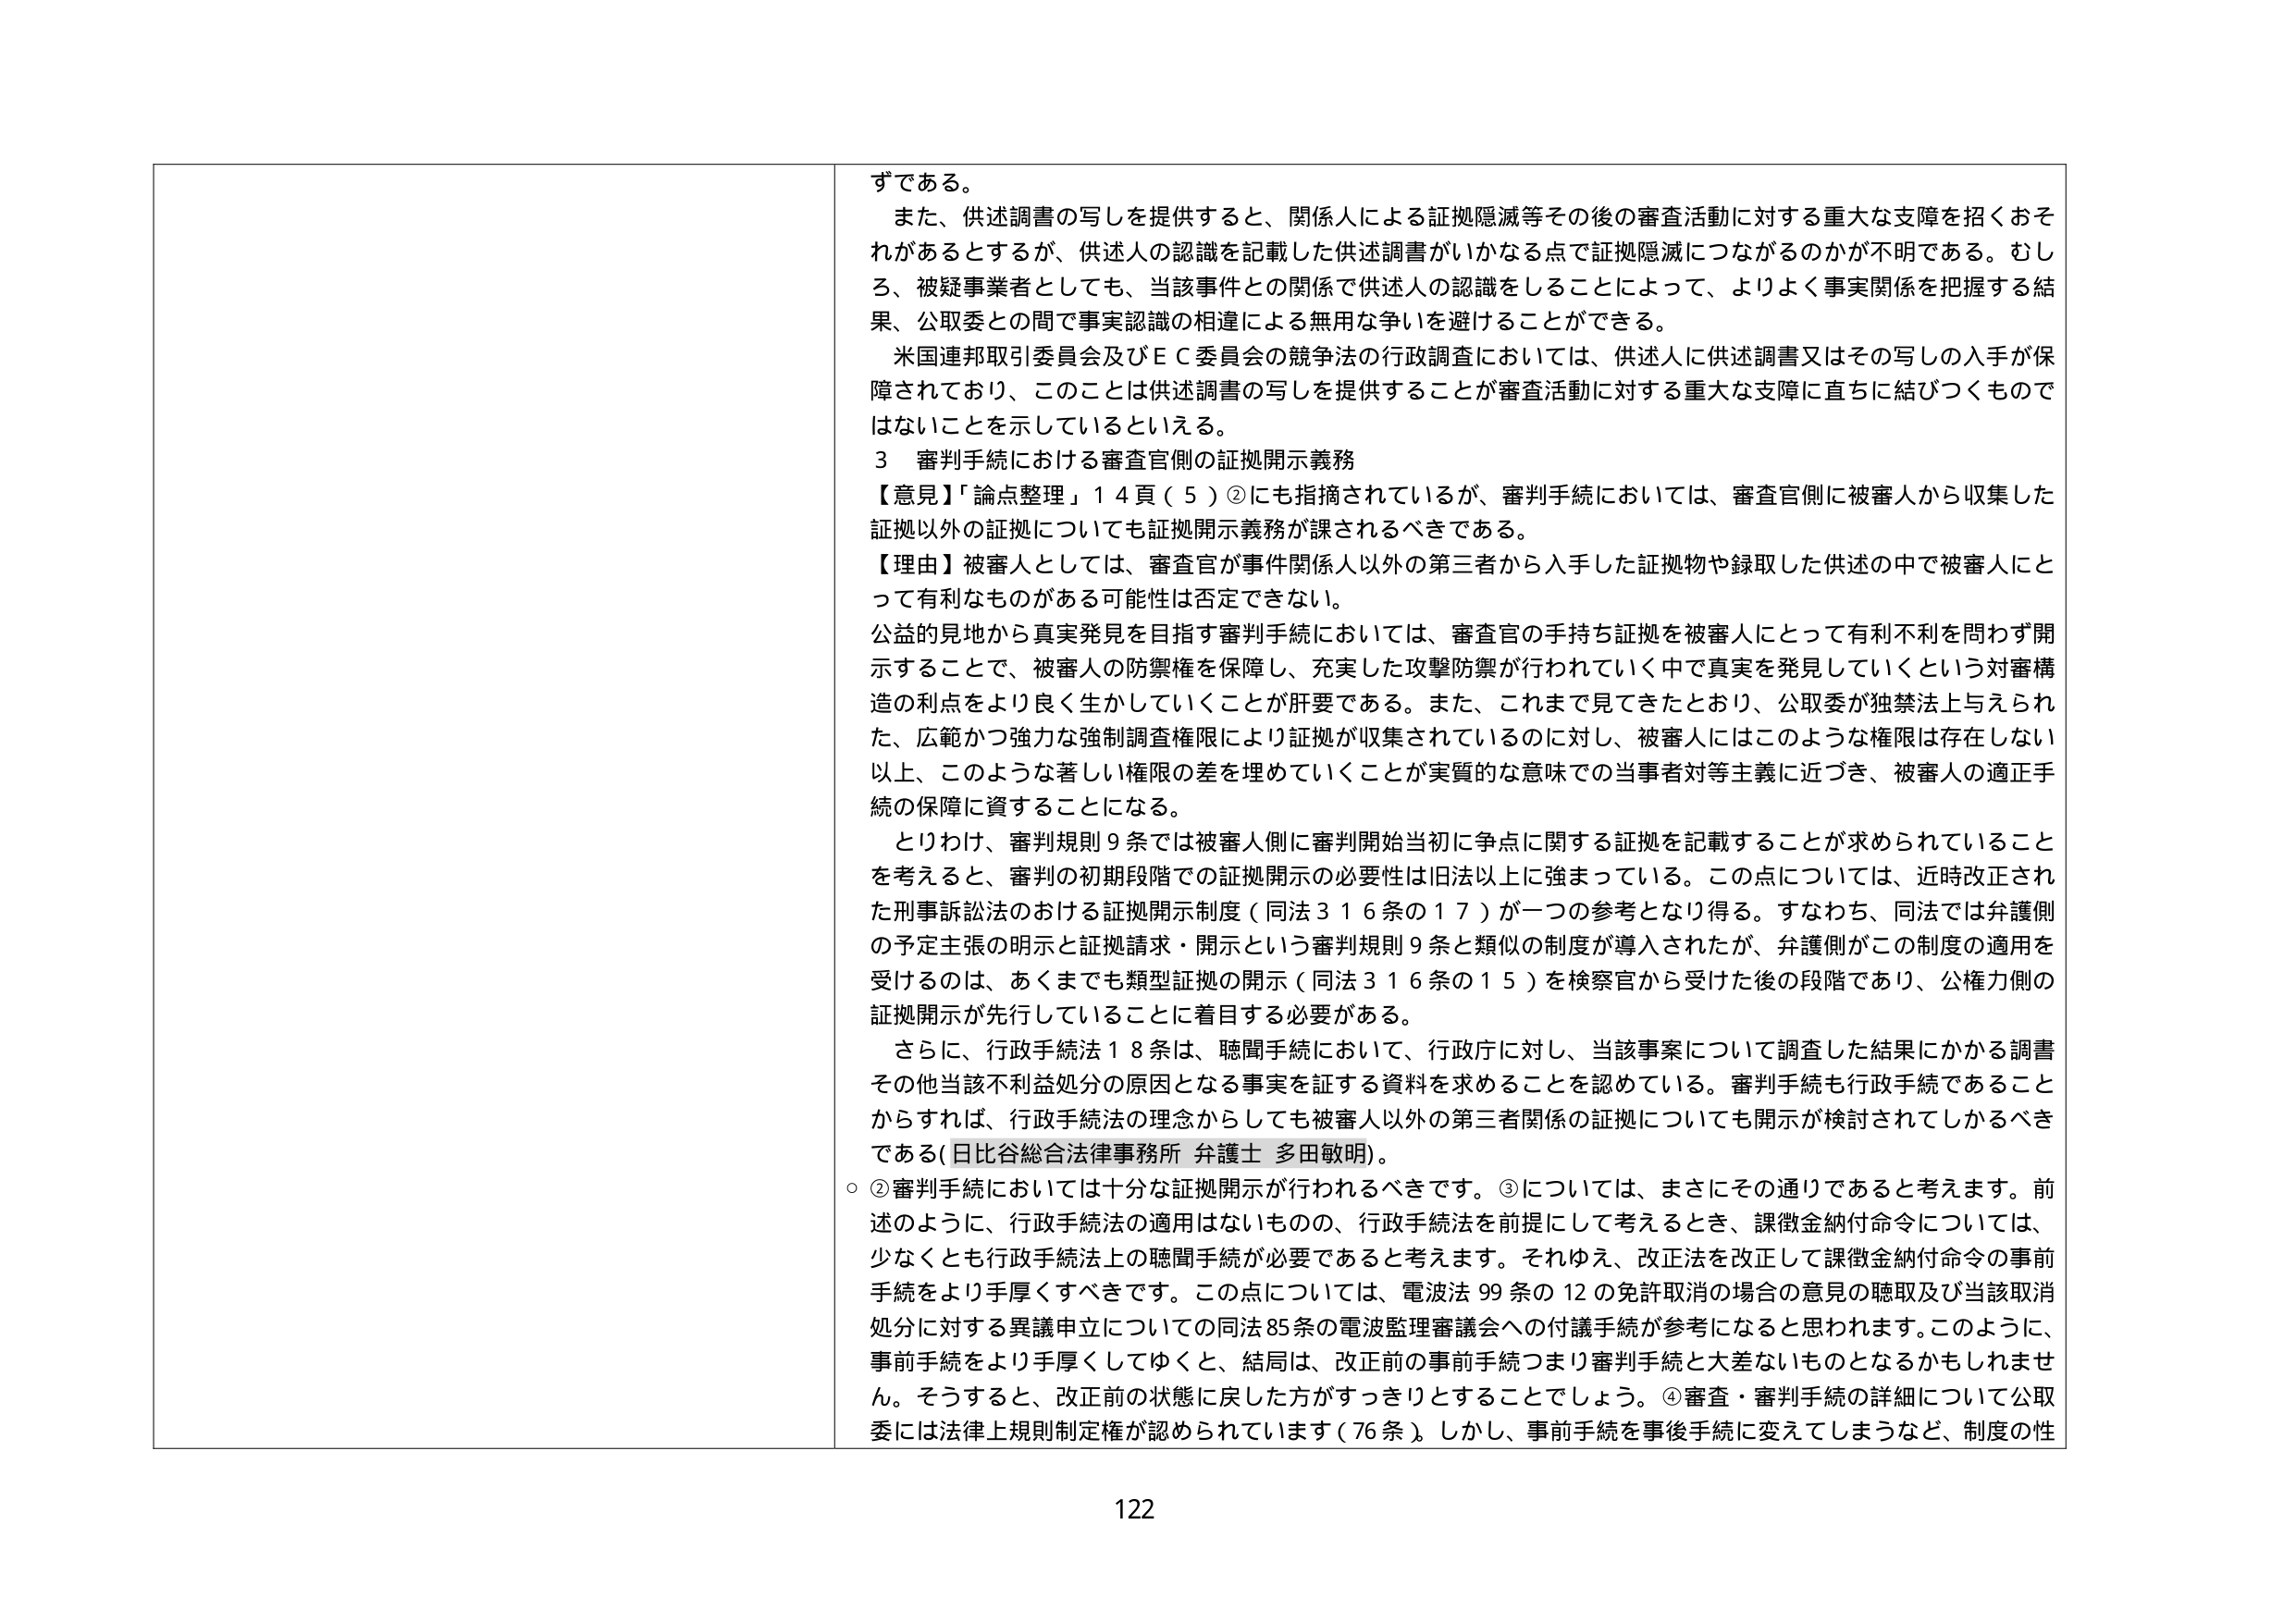
ずである。

また、供述調書の写しを提供すると、関係人による証拠隠滅等その後の審査活動に対する重大な支障を招くおそれがあるとするが、供述人の認識を記載した供述調書がいかなる点で証拠隠滅につながるのか不明である。むしろ、被疑事業者としても、当該事件との関係で供述人の認識をしることによって、よりよく事実関係を把握する結果、公取委との間で事実認識の相違による無用な争いを避けることができる。

米国連邦取引委員会及びＥＣ委員会の競争法の行政調査においては、供述人に供述調書又はその写しの入手が保障されており、このことは供述調書の写しを提供することが審査活動に対する重大な支障に直ちに結びつくものではないことを示しているといえる。

３ 審判手続における審査官側の証拠開示義務

【意見】「論点整理」１４頁（５）②にも指摘されているが、審判手続においては、審査官側に被審人から収集した証拠以外の証拠についても証拠開示義務が課されるべきである。

【理由】被審人としては、審査官が事件関係人以外の第三者から入手した証拠物や録取した供述の中で被審人にとって有利なものがある可能性は否定できない。

公益的見地から真実発見を目指す審判手続においては、審査官の手持ち証拠を被審人にとって有利不利を問わず開示することで、被審人の防禦権を保障し、充実した攻撃防禦が行われていく中で真実を発見していくという対審構造の利点をより良く生かしていくことが肝要である。また、これまで見てきたとおり、公取委が独禁法上与えられた、広範かつ強力な強制調査権限により証拠が収集されているのに対し、被審人にはこのような権限は存在しない以上、このような著しい権限の差を埋めていくことが実質的な意味での当事者対等主義に近づき、被審人の適正手続の保障に資することになる。

とりわけ、審判規則９条では被審人側に審判開始当初に争点に関する証拠を記載することが求められていることを考えると、審判の初期段階での証拠開示の必要性は旧法以上に強まっている。この点については、近時改正された刑事訴訟法における証拠開示制度（同法３１６条の１７）が一つの参考となり得る。すなわち、同法では弁護側の予定主張の明示と証拠請求・開示という審判規則９条と類似の制度が導入されたが、弁護側がこの制度の適用を受けるのは、あくまでも類型証拠の開示（同法３１６条の１５）を検察官から受けた後の段階であり、公権力側の証拠開示が先行していることに着目する必要がある。

さらに、行政手続法１８条は、聴聞手続において、行政庁に対し、当該事案について調査した結果にかかる調書その他当該不利益処分の原因となる事実を証する資料を求めることを認めている。審判手続も行政手続であることからすれば、行政手続法の理念からしても被審人以外の第三者関係の証拠についても開示が検討されしかるべきである（日比谷総合法律事務所 弁護士 多田敏明）。

○ ②審判手続においては十分な証拠開示が行われるべきです。③については、まさにその通りであると考えます。前述のように、行政手続法の適用はないものの、行政手続法を前提にして考えると、課徴金納付命令については、少なくとも行政手続法上の聴聞手続が必要であると考えます。それゆえ、改正法を改正して課徴金納付命令の事前手続をより手厚くすべきです。この点については、電波法９９条の１２の免許取消の場合の意見の聴取及び当該取消処分に対する異議申立についての同法８５条の電波監理審議会への付議手続が参考になると思われます。このように、事前手続をより手厚くしてゆくと、結局は、改正前の事前手続つまり審判手続と大差ないものとなるかもしれませぬ。そうすると、改正前の状態に戻した方がすっきりとすることでしょう。④審査・審判手続の詳細について公取委には法律上規則制定権が認められています（７６条）。しかし、事前手続を事後手続に変えてしまうなど、制度の性

122